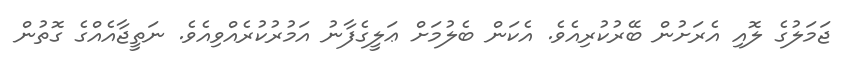
ޖަމަލުގެ ލޮއި އެރަށުން ބޭރުކުރިއެވެ. އެކަން ބެލުމަށް ޢަލީގެފާނު އަމުރުކުރެއްވިއެވެ. ނަތީޖާއެއްގެ ގޮތުން